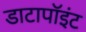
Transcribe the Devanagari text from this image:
डाटापॉइंट